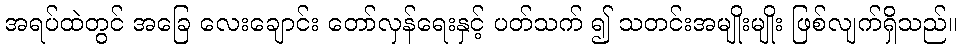
အရပ်ထဲတွင် အခြေ လေးချောင်း တော်လှန်ရေးနှင့် ပတ်သက် ၍ သတင်းအမျိုးမျိုး ဖြစ်လျက်ရှိသည်။